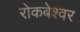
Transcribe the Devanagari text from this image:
रोकबेश्वर